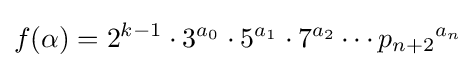
f(\alpha )=2^{k-1}\cdot 3^{a_{0}}\cdot 5^{a_{1}}\cdot 7^{a_{2}}\cdots {p_{n+2}}^{a_{n}}